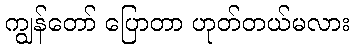
ကျွန်တော် ပြောတာ ဟုတ်တယ်မလား